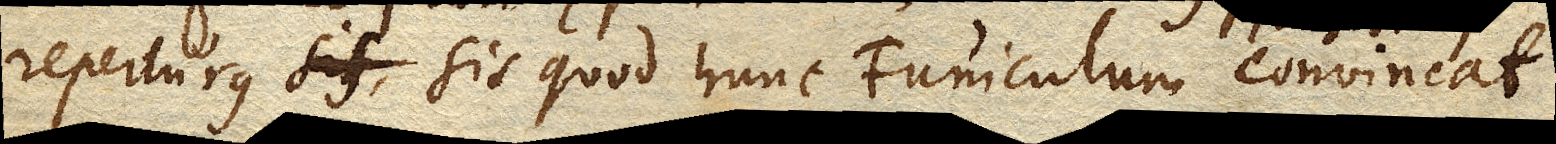
reperturus sit, sit quod hunc Funiculum convincat